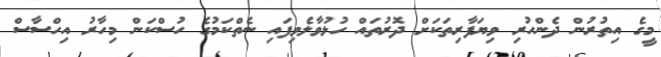
މީގެ އިތުރުން ދެންހުރި ވިޔަފާރިތަކަށް ދޮރުތައް ހުޅުވާލެވިފައި ނެތްކަމުގެ ހުސްކަން މިހާރު އިހްސާސް